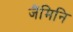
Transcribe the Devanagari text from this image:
जैंमिनि